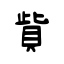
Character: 貲